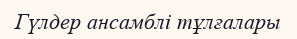
Гүлдер ансамблі тұлғалары